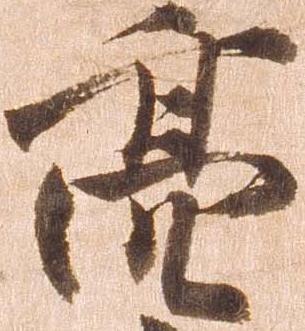
亮